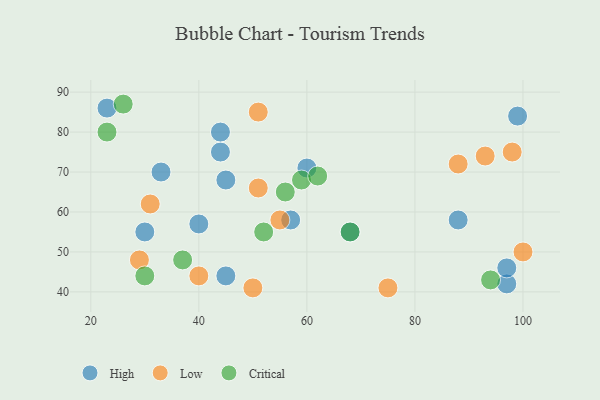
{"axis": {"x": "GDP", "y": "Life Expectancy"}, "legend": ["Critical", "High", "Low"], "data": [{"x": "45", "y": 44, "type": "High"}, {"x": "60", "y": 71, "type": "High"}, {"x": "45", "y": 68, "type": "High"}, {"x": "44", "y": 75, "type": "High"}, {"x": "40", "y": 57, "type": "High"}, {"x": "97", "y": 42, "type": "High"}, {"x": "44", "y": 80, "type": "High"}, {"x": "97", "y": 46, "type": "High"}, {"x": "57", "y": 58, "type": "High"}, {"x": "33", "y": 70, "type": "High"}, {"x": "68", "y": 55, "type": "High"}, {"x": "23", "y": 86, "type": "High"}, {"x": "88", "y": 58, "type": "High"}, {"x": "99", "y": 84, "type": "High"}, {"x": "30", "y": 55, "type": "High"}, {"x": "100", "y": 50, "type": "Low"}, {"x": "40", "y": 44, "type": "Low"}, {"x": "51", "y": 66, "type": "Low"}, {"x": "50", "y": 41, "type": "Low"}, {"x": "88", "y": 72, "type": "Low"}, {"x": "55", "y": 58, "type": "Low"}, {"x": "31", "y": 62, "type": "Low"}, {"x": "75", "y": 41, "type": "Low"}, {"x": "93", "y": 74, "type": "Low"}, {"x": "29", "y": 48, "type": "Low"}, {"x": "51", "y": 85, "type": "Low"}, {"x": "98", "y": 75, "type": "Low"}, {"x": "59", "y": 68, "type": "Critical"}, {"x": "26", "y": 87, "type": "Critical"}, {"x": "23", "y": 80, "type": "Critical"}, {"x": "37", "y": 48, "type": "Critical"}, {"x": "62", "y": 69, "type": "Critical"}, {"x": "56", "y": 65, "type": "Critical"}, {"x": "52", "y": 55, "type": "Critical"}, {"x": "30", "y": 44, "type": "Critical"}, {"x": "68", "y": 55, "type": "Critical"}, {"x": "94", "y": 43, "type": "Critical"}]}